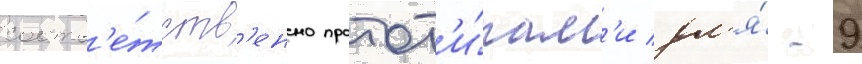
соотв'е́тств'енно протот'и́пам'и дл'я́ -9